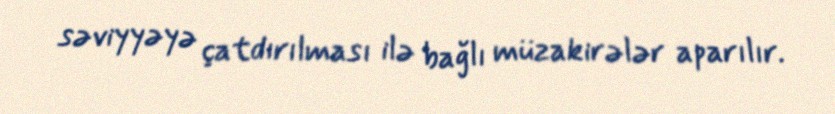
səviyyəyə çatdırılması ilə bağlı müzakirələr aparılır.